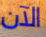
الآن